Report of the Municipal Commissioner on the plague in Bombay for the year ending 31st May... - Volume 1
Disease focus: Plague
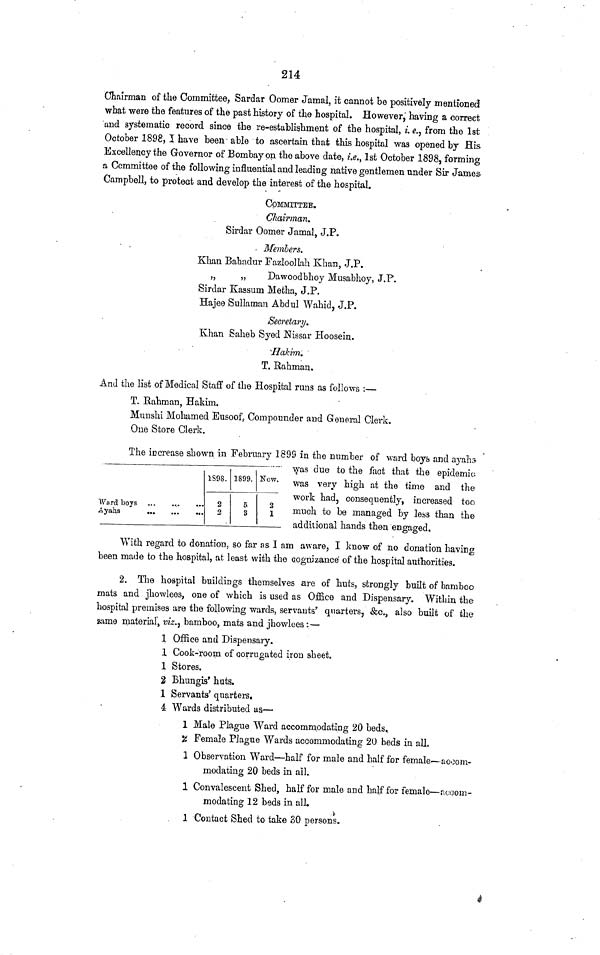
214
Chairman of the Committee, Sardar Oomer Jamal, it cannot be positively mentioned
what were the features of the past history of the hospital. However, having a correct
and systematic record since the re-establishment of the hospital, i. e., from the 1st
October 1898, I have been able to ascertain that this hospital was opened by His
Excellency the Governor of Bombay on the above date, i.e., 1st October 1898, forming
a Committee of the following influential and leading native gentlemen under Sir James
Campbell, to protect and develop the interest of the hospital.
COMMITTEE.
Chairman.
Sirdar Oomer Jamal, J.P.
Members.
Khan Bahadur Fazloollah Khan, J.P.
„
„
Dawoodbhoy Musabhoy, J.P.
Sirdar Kassum Metha, J.P.
Hajee Sullaman Abdul Wahid, J.P.
Secretary.
Khan Saheb Syed Nissar Hoosein.
Hakim.
T. Rahman.
And the list of Medical Staff of the Hospital runs as follows :—
T. Rahman, Hakim.
Munshi Mohamed Eusoof, Compounder and General Clerk.
One Store Clerk.
The increase shown in February 1899 in the number of ward boys and ayahs
was due to the fact that the epidemic,
was very high at the time and the
work had, consequently, increased too
much to be managed by less than the
additional hands then engaged. o Q
Word boys
Ayahs
...
...
...
1898.
2
2
1899.
5
3
Now.
2
1
With regard to donation, so far as I am aware, I know of no donation having
been made to the hospital, at least with the cognizance of the hospital authorities.
2. The hospital buildings themselves are of huts, strongly built of bamboo
mats and jhowlees, one of which is used as Office and Dispensary. Within the
hospital premises are the following wards, servants' quarters, &c., also built of the
same material) viz., bamboo, mats and jhowlees:—
1 Office and Dispensary.
1 Cook-room of corrugated iron sheet.
1 Stores.
2 Bhungis' huts.
1 Servants' quarters.
4 Wards distributed as—
1 Male Plague Ward accommodating 20 beds.,
% Female Plague Wards accommodating 20 beds in all.
1 Observation Ward—half for male and half for female—acoom-
modating 20 beds in ail.
1 Convalescent Shed, half for male and half for female—accom-
modating 12 beds in all.
1 Contact Shed to take 30 persons.